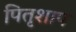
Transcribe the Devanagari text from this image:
पितृशाप